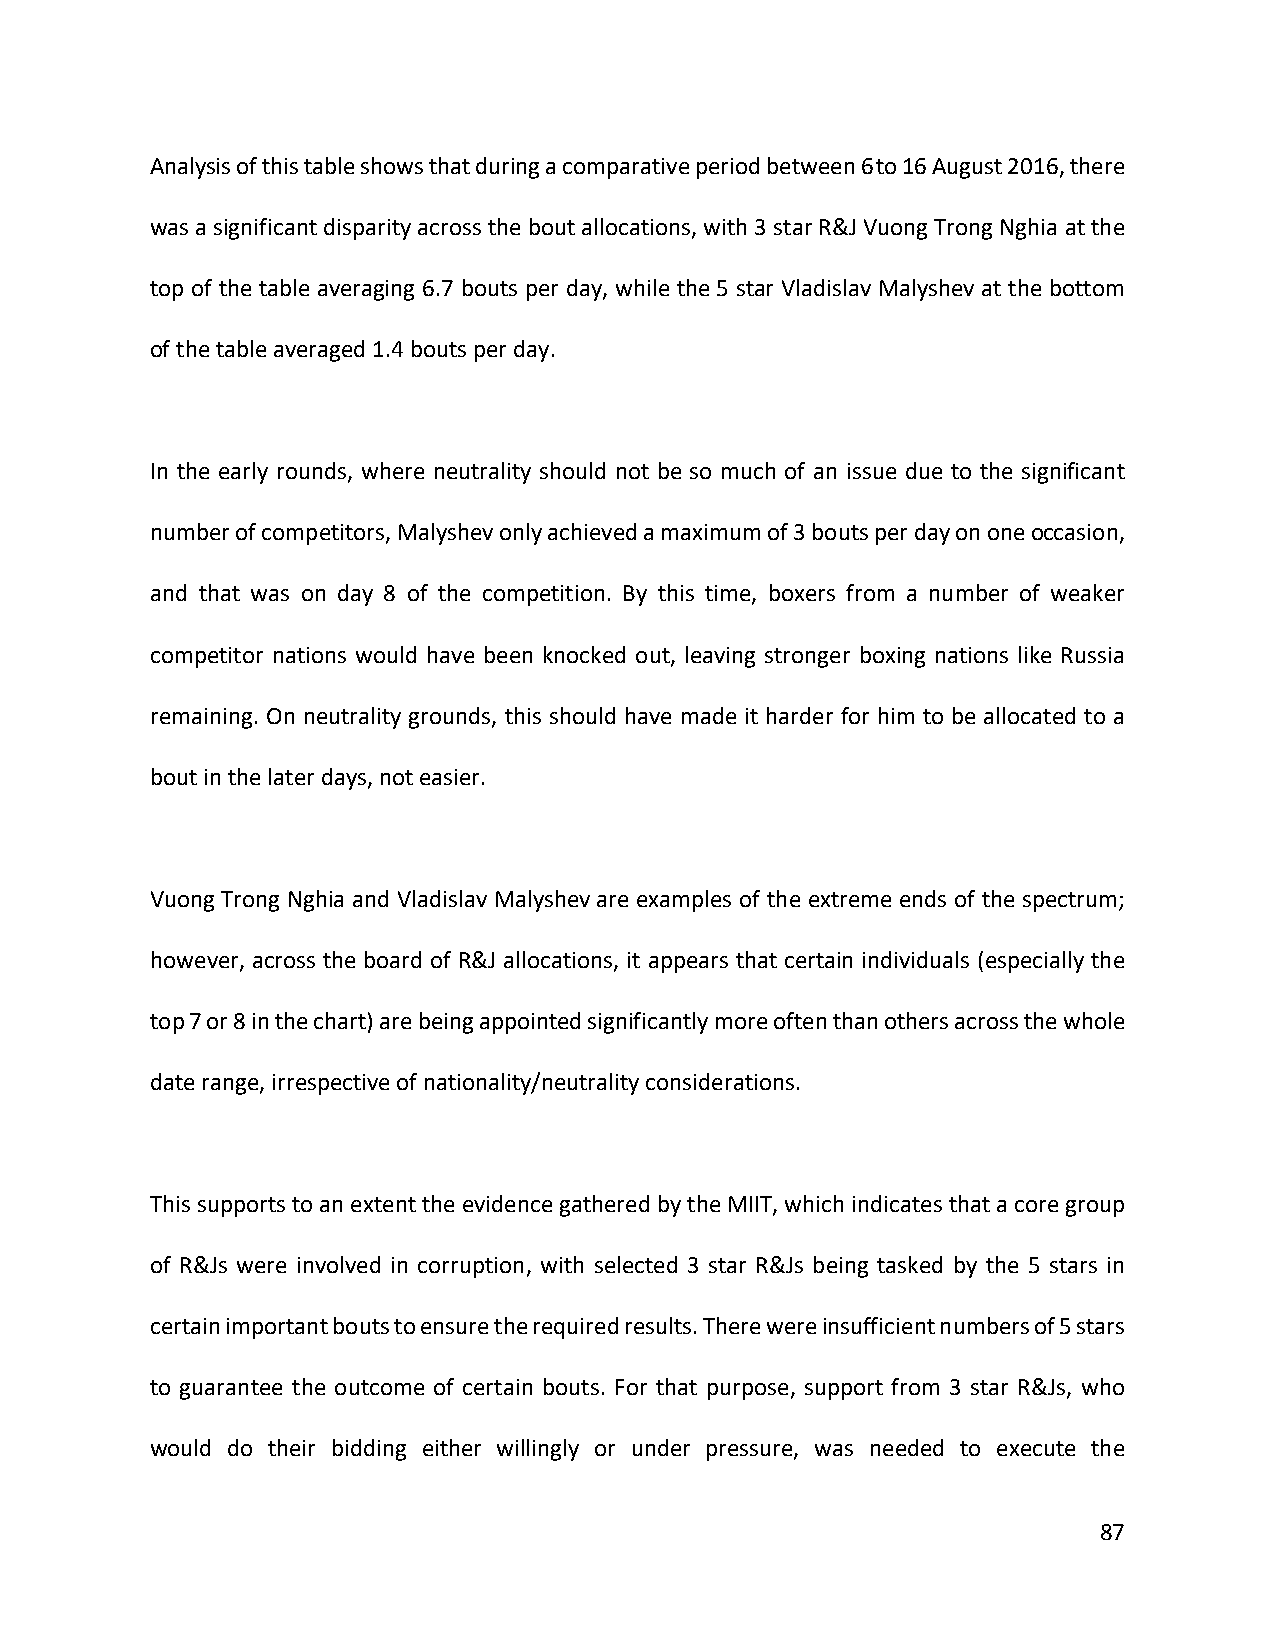
Analysis of this table shows that during a comparative period between 6 to 16 August 2016, there
 was a significant disparity across the bout allocations, with 3 star R&J Vuong Trong Nghia at the
 top of the table averaging 6.7 bouts per day, while the 5 star Vladislav Malyshev at the bottom
 of the table averaged 1.4 bouts per day.
 In the early rounds, where neutrality should not be so much of an issue due to the significant
 number of competitors, Malyshev only achieved a maximum of 3 bouts per day on one occasion,
 and that was on day 8 of the competition. By this time, boxers from a number of weaker
 competitor nations would have been knocked out, leaving stronger boxing nations like Russia
 remaining. On neutrality grounds, this should have made it harder for him to be allocated to a
 bout in the later days, not easier.
 Vuong Trong Nghia and Vladislav Malyshev are examples of the extreme ends of the spectrum;
 however, across the board of R&J allocations, it appears that certain individuals (especially the
 top 7 or 8 in the chart) are being appointed significantly more often than others across the whole
 date range, irrespective of nationality/neutrality considerations.
 This supports to an extent the evidence gathered by the MIIT, which indicates that a core group
 of R&Js were involved in corruption, with selected 3 star R&Js being tasked by the 5 stars in
 certain important bouts to ensure the required results. There were insufficient numbers of 5 stars
 to guarantee the outcome of certain bouts. For that purpose, support from 3 star R&Js, who
 would do their bidding either willingly or under pressure, was needed to execute the
 87